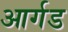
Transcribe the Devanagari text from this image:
आर्गड